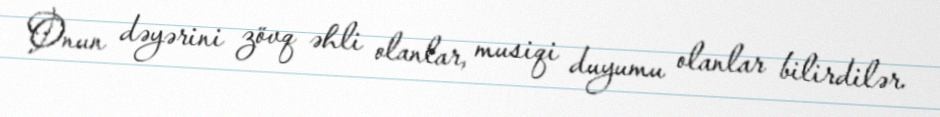
Onun dəyərini zövq əhli olanlar, musiqi duyumu olanlar bilirdilər.